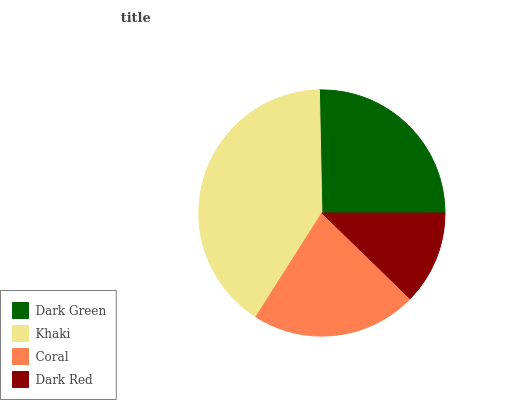
| Dark Green | Khaki | Coral | Dark Red |
 | --- | --- | --- | --- |
 | 25.3% | 40.6% | 21.8% | 12.3% |